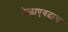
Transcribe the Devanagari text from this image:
वेळाएवढाच